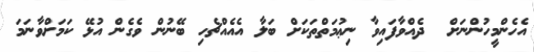
އެހެންމީހުންނަށް  ދެއްވާފައިވާ ނިޢުމަތްތަކަށް ބަލާ އެއެއްޗެހި ބޭނުން ވެގެން އުޅޭ ކަމަށްވާނަމަ